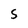
Character: S